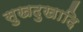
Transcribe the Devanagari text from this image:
सुखदुखादि